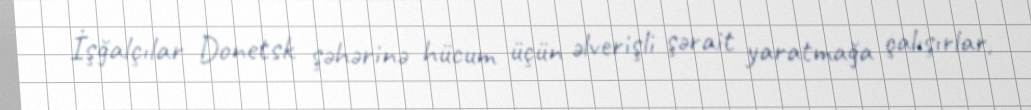
İşğalçılar Donetsk şəhərinə hücum üçün əlverişli şərait yaratmağa çalışırlar,